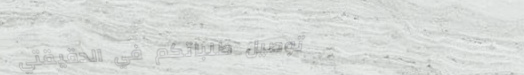
توصيل طلباتكم في الدقيقتي